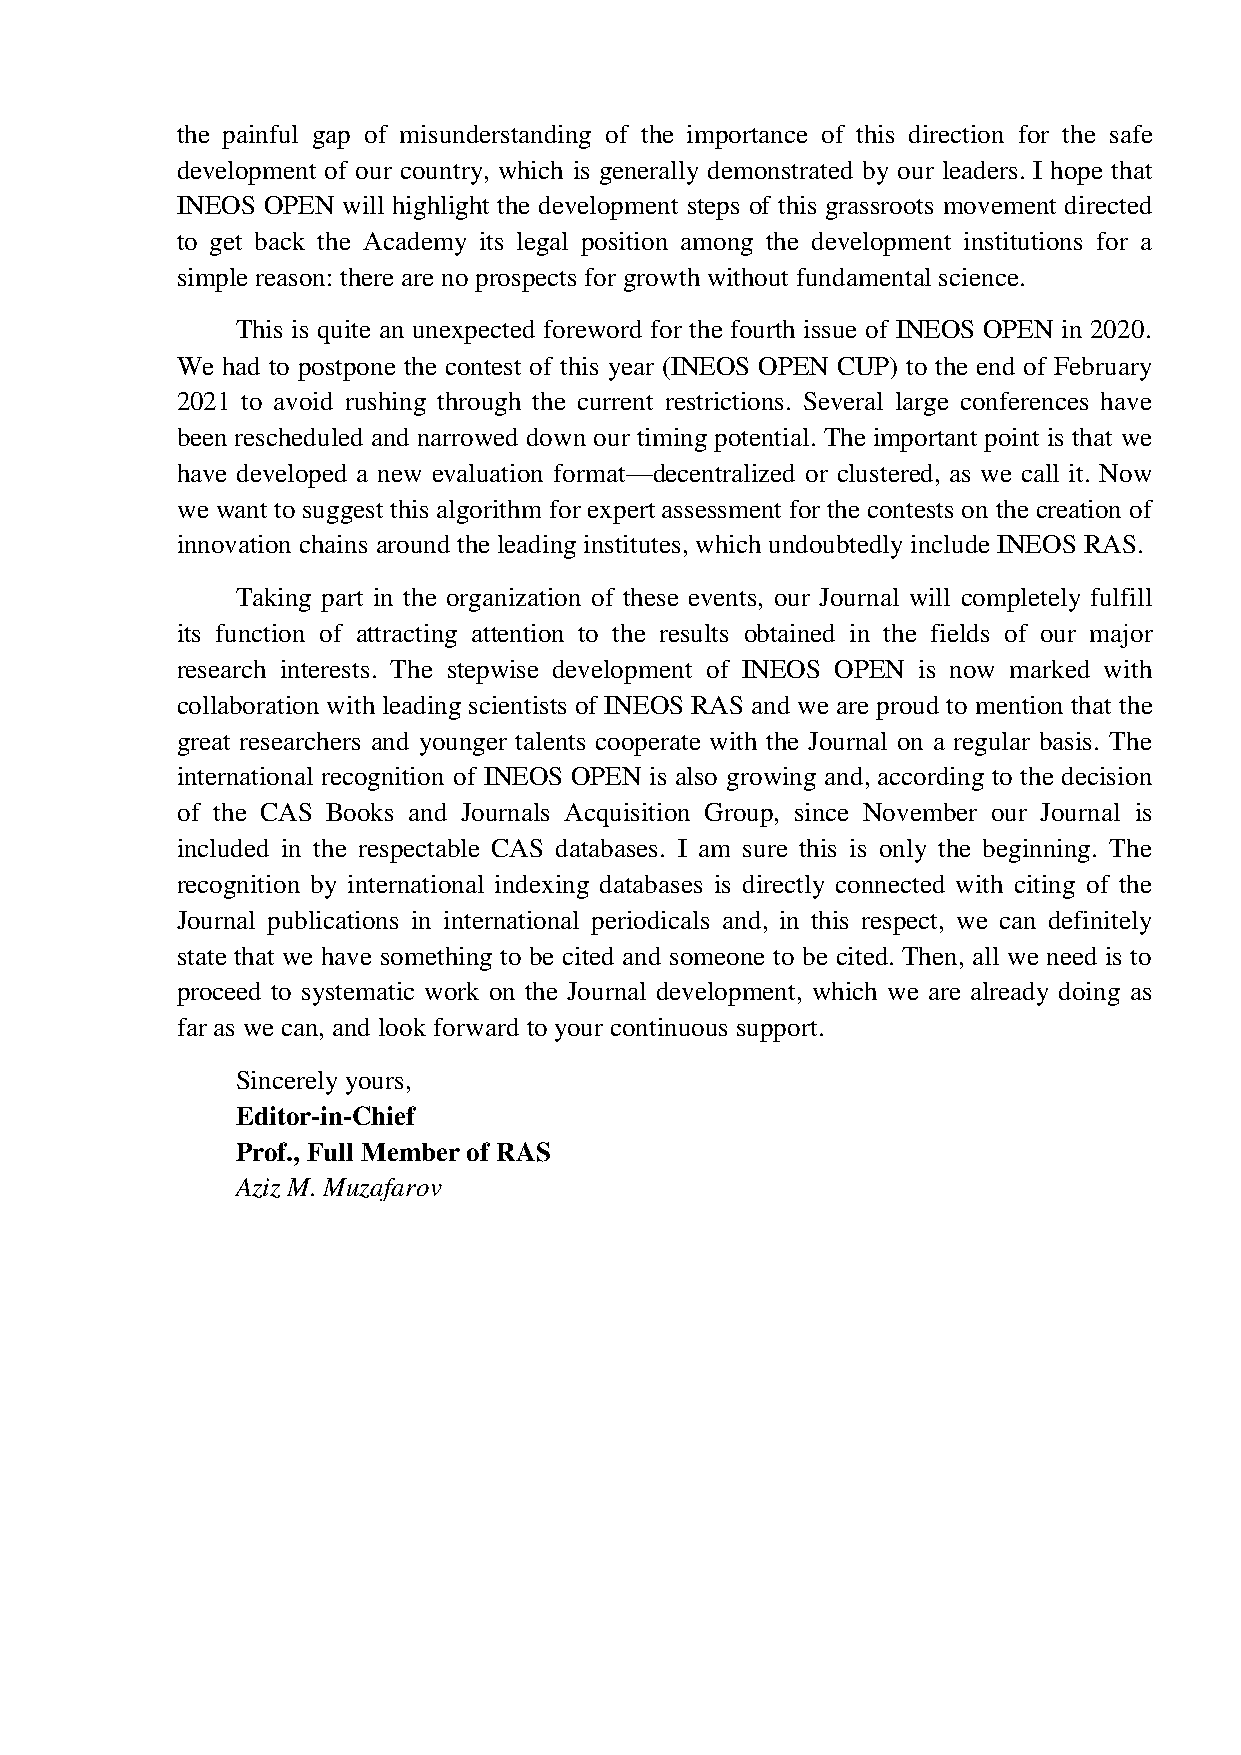
the painful gap of misunderstanding of the importance of this direction for the safe
 development of our country, which is generally demonstrated by our leaders. I hope that
 INEOS OPEN will highlight the development steps of this grassroots movement directed
 to get back the Academy its legal position among the development institutions for a
 simple reason: there are no prospects for growth without fundamental science.
 This is quite an unexpected foreword for the fourth issue of INEOS OPEN in 2020.
 We had to postpone the contest of this year (INEOS OPEN CUP) to the end of February
 2021 to avoid rushing through the current restrictions. Several large conferences have
 been rescheduled and narrowed down our timing potential. The important point is that we
 have developed a new evaluation format—decentralized or clustered, as we call it. Now
 we want to suggest this algorithm for expert assessment for the contests on the creation of
 innovation chains around the leading institutes, which undoubtedly include INEOS RAS.
 Taking part in the organization of these events, our Journal will completely fulfill
 its function of attracting attention to the results obtained in the fields of our major
 research interests. The stepwise development of INEOS OPEN is now marked with
 collaboration with leading scientists of INEOS RAS and we are proud to mention that the
 great researchers and younger talents cooperate with the Journal on a regular basis. The
 international recognition of INEOS OPEN is also growing and, according to the decision
 of the CAS Books and Journals Acquisition Group, since November our Journal is
 included in the respectable CAS databases. I am sure this is only the beginning. The
 recognition by international indexing databases is directly connected with citing of the
 Journal publications in international periodicals and, in this respect, we can definitely
 state that we have something to be cited and someone to be cited. Then, all we need is to
 proceed to systematic work on the Journal development, which we are already doing as
 far as we can, and look forward to your continuous support.
 Sincerely yours,
 Editor-in-Chief
 Prof., Full Member of RAS
 Aziz M. Muzafarov